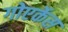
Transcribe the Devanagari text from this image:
गोएर्केस